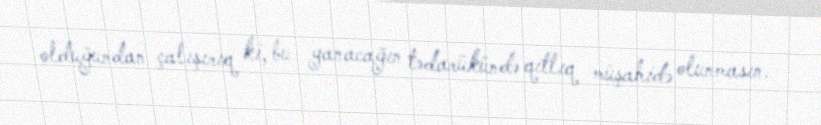
olduğundan çalışırıq ki, bu yanacağın tədarükündə qıtlıq müşahidə olunmasın.